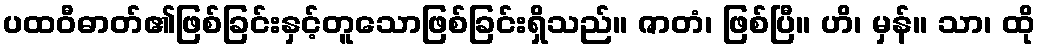
ပထဝီဓာတ်၏ဖြစ်ခြင်းနှင့်တူသောဖြစ်ခြင်းရှိသည်။ ဇာတံ၊ ဖြစ်ပြီ။ ဟိ၊ မှန်။ သာ၊ ထို